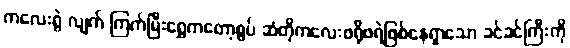
ကလေးရွဲ လျက် ကြက်မြီးရွှေကတော့စွပ် ဆံတိုကလေးဖရိုဖရဲဖြစ်နေရှာသော ခင်ခင်ကြီးကို